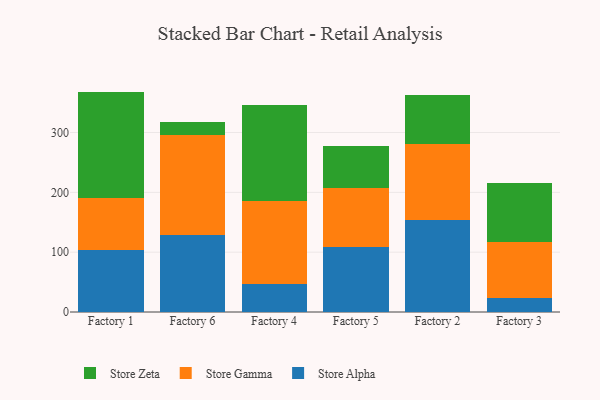
{"axis": {"x": "Factory", "y": "Budget (USD K)"}, "legend": ["Store Alpha", "Store Gamma", "Store Zeta"], "data": [{"x": "Factory 1", "y": 103.1, "type": "Store Alpha"}, {"x": "Factory 1", "y": 87.0, "type": "Store Gamma"}, {"x": "Factory 1", "y": 178.3, "type": "Store Zeta"}, {"x": "Factory 6", "y": 129.4, "type": "Store Alpha"}, {"x": "Factory 6", "y": 166.2, "type": "Store Gamma"}, {"x": "Factory 6", "y": 22.1, "type": "Store Zeta"}, {"x": "Factory 4", "y": 46.5, "type": "Store Alpha"}, {"x": "Factory 4", "y": 139.7, "type": "Store Gamma"}, {"x": "Factory 4", "y": 159.7, "type": "Store Zeta"}, {"x": "Factory 5", "y": 108.7, "type": "Store Alpha"}, {"x": "Factory 5", "y": 98.6, "type": "Store Gamma"}, {"x": "Factory 5", "y": 69.7, "type": "Store Zeta"}, {"x": "Factory 2", "y": 153.8, "type": "Store Alpha"}, {"x": "Factory 2", "y": 127.8, "type": "Store Gamma"}, {"x": "Factory 2", "y": 80.9, "type": "Store Zeta"}, {"x": "Factory 3", "y": 23.4, "type": "Store Alpha"}, {"x": "Factory 3", "y": 94.4, "type": "Store Gamma"}, {"x": "Factory 3", "y": 97.0, "type": "Store Zeta"}]}